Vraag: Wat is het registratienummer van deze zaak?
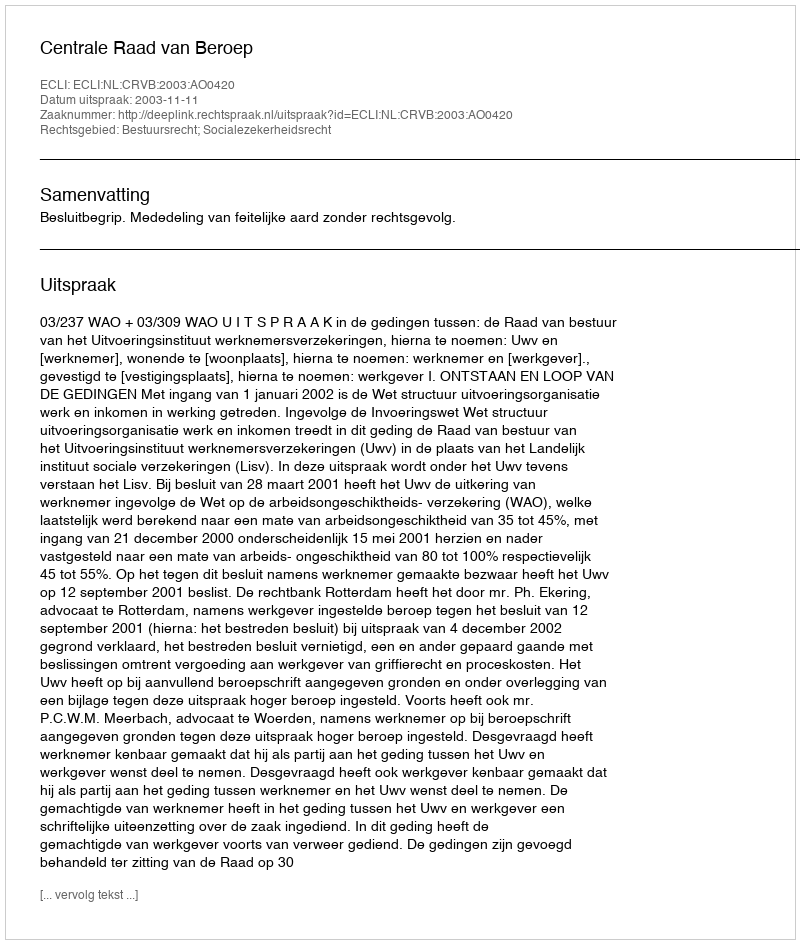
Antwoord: http://deeplink.rechtspraak.nl/uitspraak?id=ECLI:NL:CRVB:2003:AO0420